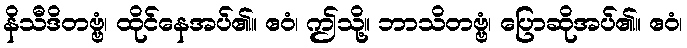
နိသီဒိတဗ္ဗံ၊ ထိုင်နေအပ်၏။ ဧဝံ၊ ဤသို့။ ဘာသိတဗ္ဗံ၊ ပြောဆိုအပ်၏။ ဧဝံ၊